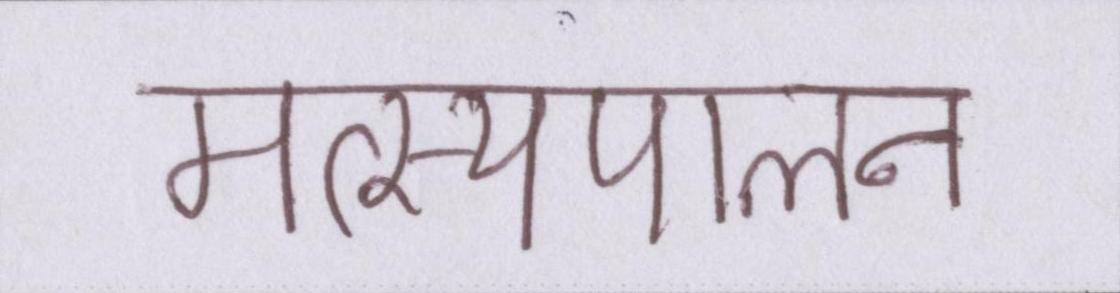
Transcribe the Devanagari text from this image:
मत्स्यपालन